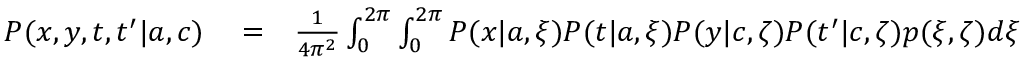
\begin{array} { r l r } { P ( x , y , t , t ^ { \prime } | { a } , { c } ) } & { { } = } & { \frac { 1 } { 4 \pi ^ { 2 } } \int _ { 0 } ^ { 2 \pi } \int _ { 0 } ^ { 2 \pi } P ( x | { a } , \xi ) P ( t | { a } , \xi ) P ( y | { c } , \zeta ) P ( t ^ { \prime } | { c } , \zeta ) p ( \xi , \zeta ) d \xi d \zeta \; . } \end{array}